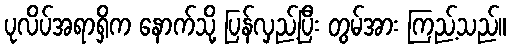
ပုလိပ်အရာရှိက နောက်သို့ ပြန်လှည့်ပြီး တွမ်အား ကြည့်သည်။